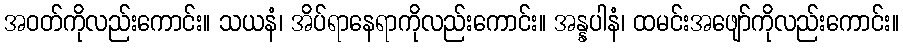
အဝတ်ကိုလည်းကောင်း။ သယနံ၊ အိပ်ရာနေရာကိုလည်းကောင်း။ အန္နပါနံ၊ ထမင်းအဖျော်ကိုလည်းကောင်း။